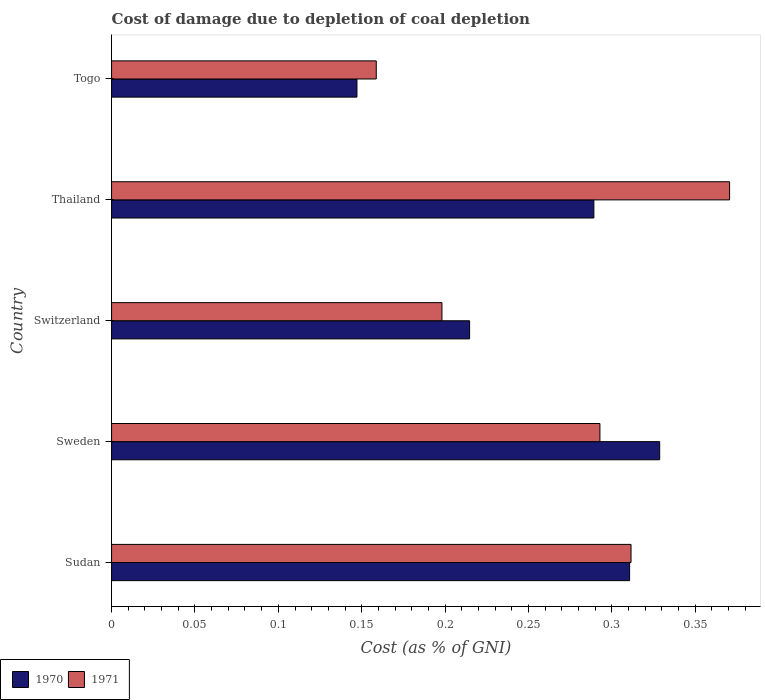
| Country | 1970 | 1971 |
 | --- | --- | --- |
 | Sudan | 0.311 | 0.311 |
 | Sweden | 0.329 | 0.293 |
 | Switzerland | 0.215 | 0.198 |
 | Thailand | 0.289 | 0.371 |
 | Togo | 0.147 | 0.159 |